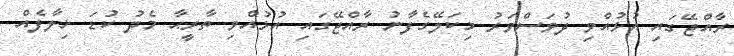
ރާއްޖޭގައި އުޅުއްވި ދުވަސްވަރު މިކަލޭގެފާނު ރާއްޖޭގައި އުޅުއްވި ތާރީޙާ މެދު ކުޑަ ޚިލާފެއް